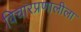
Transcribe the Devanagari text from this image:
विचारप्रणालीला